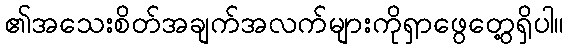
၏အသေးစိတ်အချက်အလက်များကိုရှာဖွေတွေ့ရှိပါ။